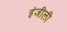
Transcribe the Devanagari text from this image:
इंजीली